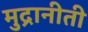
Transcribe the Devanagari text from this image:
मुद्रानीती